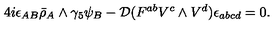
4 i \epsilon _ { A B } \bar { \rho } _ { A } \wedge \gamma _ { 5 } \psi _ { B } - { \cal D } ( F ^ { a b } V ^ { c } \wedge V ^ { d } ) \epsilon _ { a b c d } = 0 .